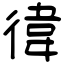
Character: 徫